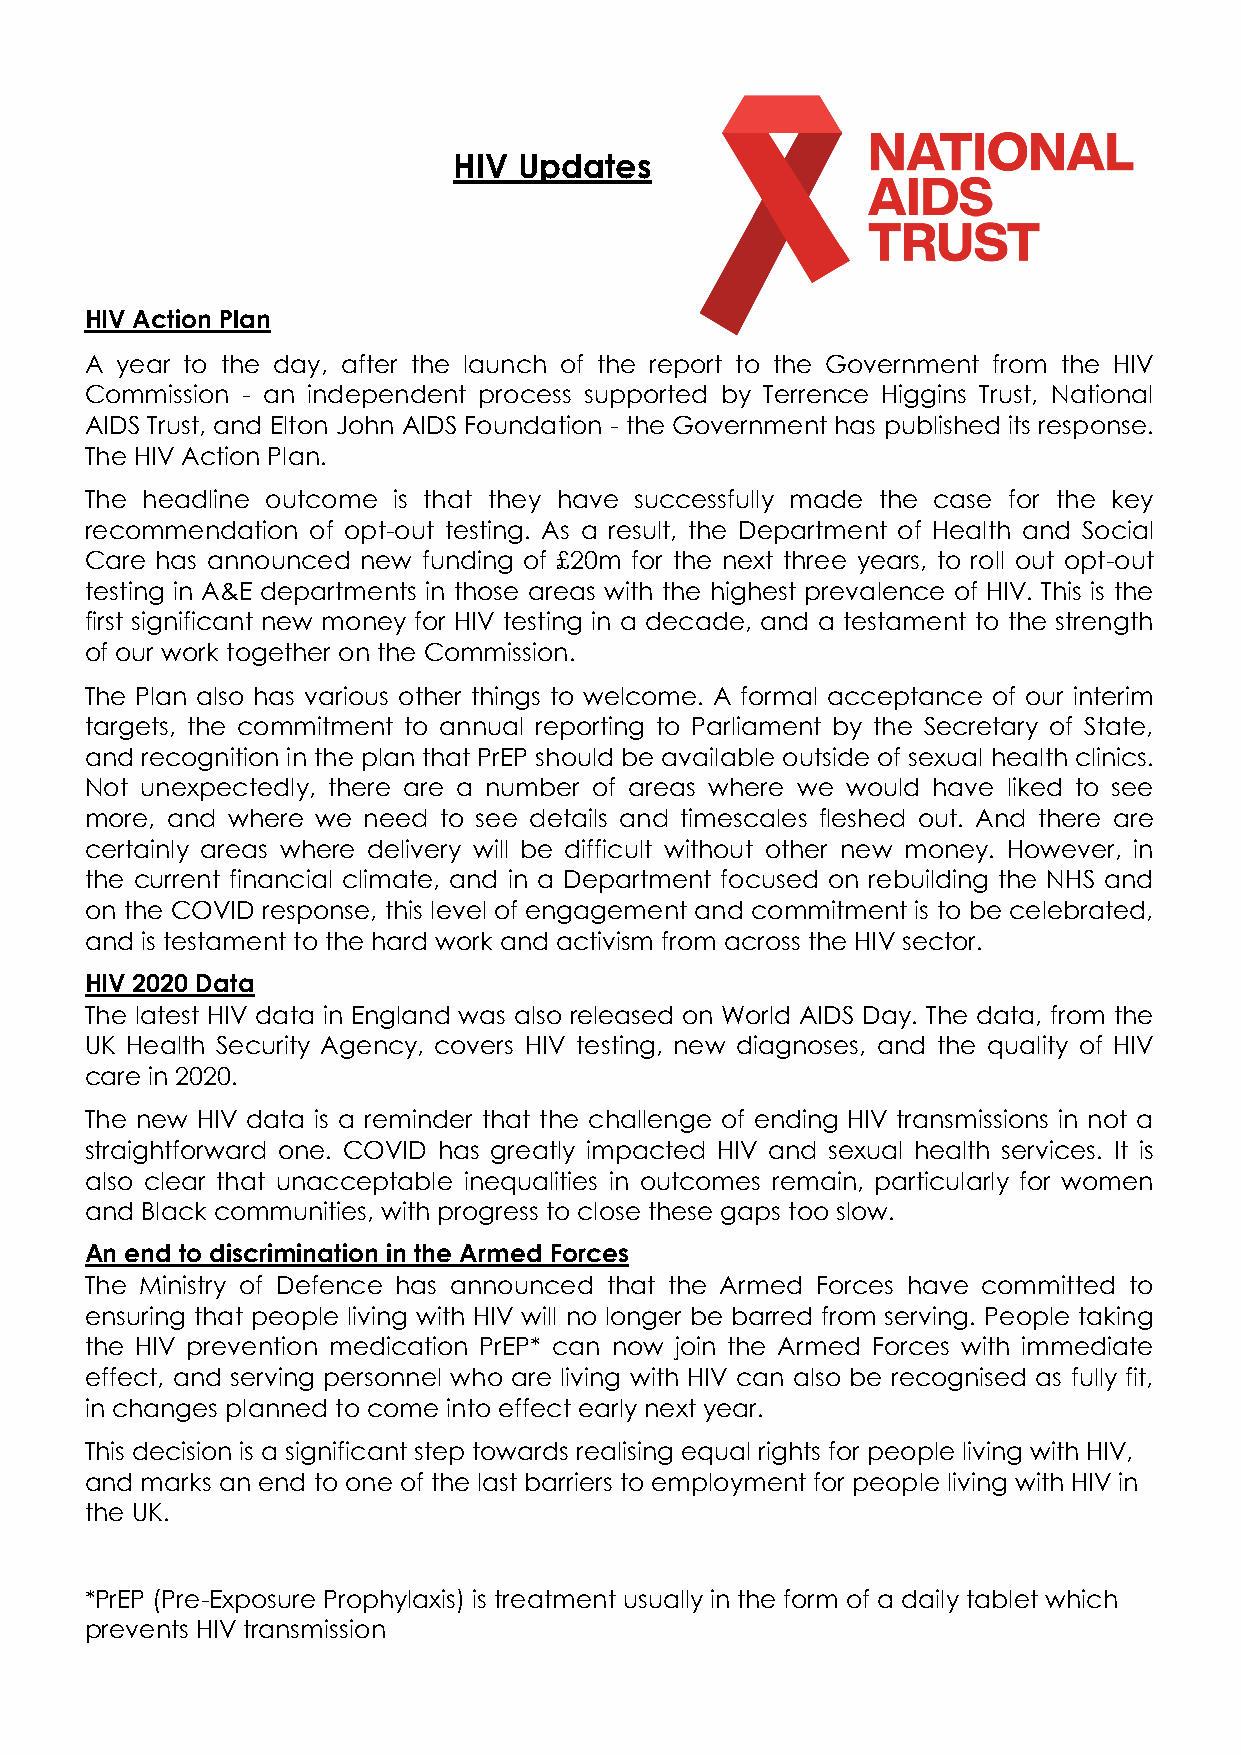
HIV Updates
 HIV Action Plan
 A year to the day, after the launch of the report to the Government from the HIV
 Commission - an independent process supported by Terrence Higgins Trust, National
 AIDS Trust, and Elton John AIDS Foundation - the Government has published its response.
 The HIV Action Plan.
 The headline outcome is that they have successfully made the case for the key
 recommendation of opt-out testing. As a result, the Department of Health and Social
 Care has announced new funding of £20m for the next three years, to roll out opt-out
 testing in A&E departments in those areas with the highest prevalence of HIV. This is the
 first significant new money for HIV testing in a decade, and a testament to the strength
 of our work together on the Commission.
 The Plan also has various other things to welcome. A formal acceptance of our interim
 targets, the commitment to annual reporting to Parliament by the Secretary of State,
 and recognition in the plan that PrEP should be available outside of sexual health clinics.
 Not unexpectedly, there are a number of areas where we would have liked to see
 more, and where we need to see details and timescales fleshed out. And there are
 certainly areas where delivery will be difficult without other new money. However, in
 the current financial climate, and in a Department focused on rebuilding the NHS and
 on the COVID response, this level of engagement and commitment is to be celebrated,
 and is testament to the hard work and activism from across the HIV sector.
 HIV 2020 Data
 The latest HIV data in England was also released on World AIDS Day. The data, from the
 UK Health Security Agency, covers HIV testing, new diagnoses, and the quality of HIV
 care in 2020.
 The new HIV data is a reminder that the challenge of ending HIV transmissions in not a
 straightforward one. COVID has greatly impacted HIV and sexual health services. It is
 also clear that unacceptable inequalities in outcomes remain, particularly for women
 and Black communities, with progress to close these gaps too slow.
 An end to discrimination in the Armed Forces
 The Ministry of Defence has announced that the Armed Forces have committed to
 ensuring that people living with HIV will no longer be barred from serving. People taking
 the HIV prevention medication PrEP* can now join the Armed Forces with immediate
 effect, and serving personnel who are living with HIV can also be recognised as fully fit,
 in changes planned to come into effect early next year.
 This decision is a significant step towards realising equal rights for people living with HIV,
 and marks an end to one of the last barriers to employment for people living with HIV in
 the UK.
 *PrEP (Pre-Exposure Prophylaxis) is treatment usually in the form of a daily tablet which
 prevents HIV transmission